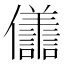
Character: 𭀒